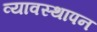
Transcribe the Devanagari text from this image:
व्यावस्थापन